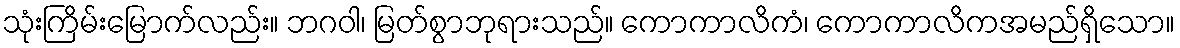
သုံးကြိမ်းမြောက်လည်း။ ဘဂဝါ၊ မြတ်စွာဘုရားသည်။ ကောကာလိကံ၊ ကောကာလိကအမည်ရှိသော။